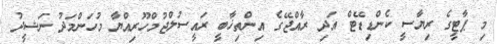
މި ޕާޓީގެ ރިޔާސީ ކެންޑިޑޭޓް އަދި ރާއްޖޭގެ އިންތިޚާބީ ރައީސުލްޖުމްހޫރިއްޔާ މުހަންމަދު ނަޝީދު